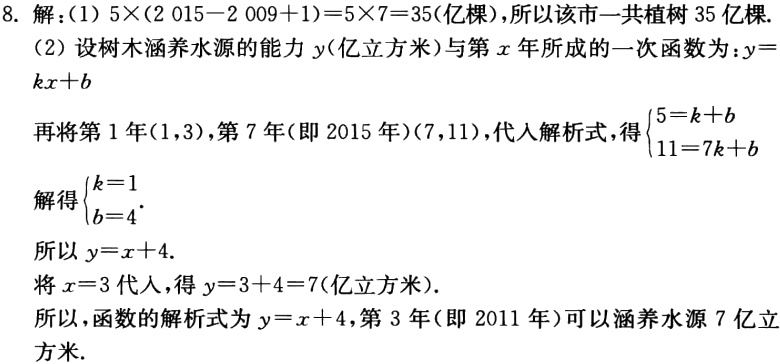
8. 解：
(1) \(5\times(2015 - 2009 + 1)=5\times7 = 35\)（亿棵），所以该市一共植树\(35\)亿棵.
(2) 设树木涵养水源的能力\(y\)（亿立方米）与第\(x\)年所成的一次函数为：\(y = kx + b\)
再将第\(1\)年\((1,3)\)，第\(7\)年（即2015年）\((7,11)\)，代入解析式，得\(\begin{cases}5 = k + b\\11 = 7k + b\end{cases}\)
解得\(\begin{cases}k = 1\\b = 4\end{cases}\)
所以\(y=x + 4\).
将\(x = 3\)代入，得\(y=3 + 4 = 7\)（亿立方米）.
所以，函数的解析式为\(y = x + 4\)，第\(3\)年（即2011年）可以涵养水源\(7\)亿立方米.